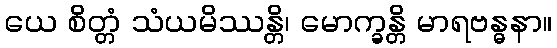
ယေ စိတ္တံ သံယမိဿန္တိ၊ မောက္ခန္တိ မာရဗန္ဓနာ။